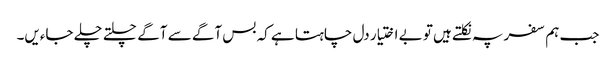
جب ہم سفر پہ نکلتے ہیں تو بے اختیار دل چاہتا ہے کہ بس آگے سے آگے چلتے چلے جاءیں۔